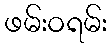
ဖမ်းဝရမ်း